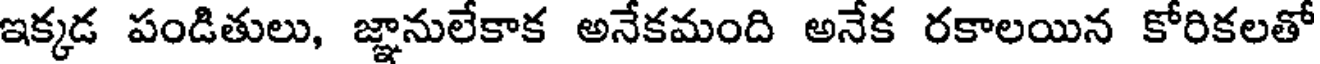
ఇక్కడ పండితులు, జ్ఞానులేకాక అనేకమంది అనేక రకాలయిన కోరికలతో